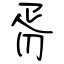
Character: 胥